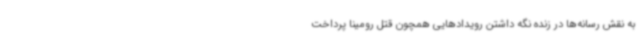
به نقش رسانه‌ها در زنده نگه داشتن رویدادهایی همچون قتل رومینا پرداخت